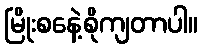
မြိုးစနေဲ့စိုကျတာပါ။